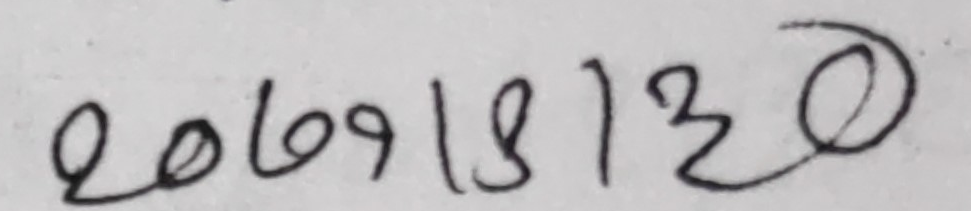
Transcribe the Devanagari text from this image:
२०६९१८१३००